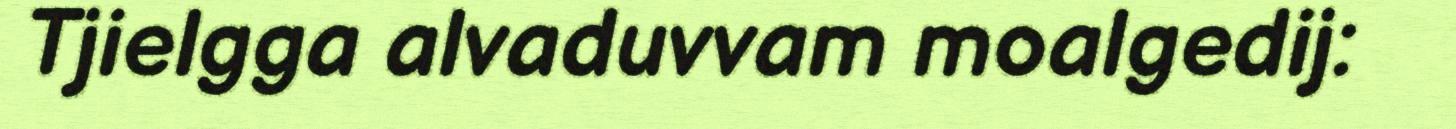
Tjielgga alvaduvvam moalgedij: